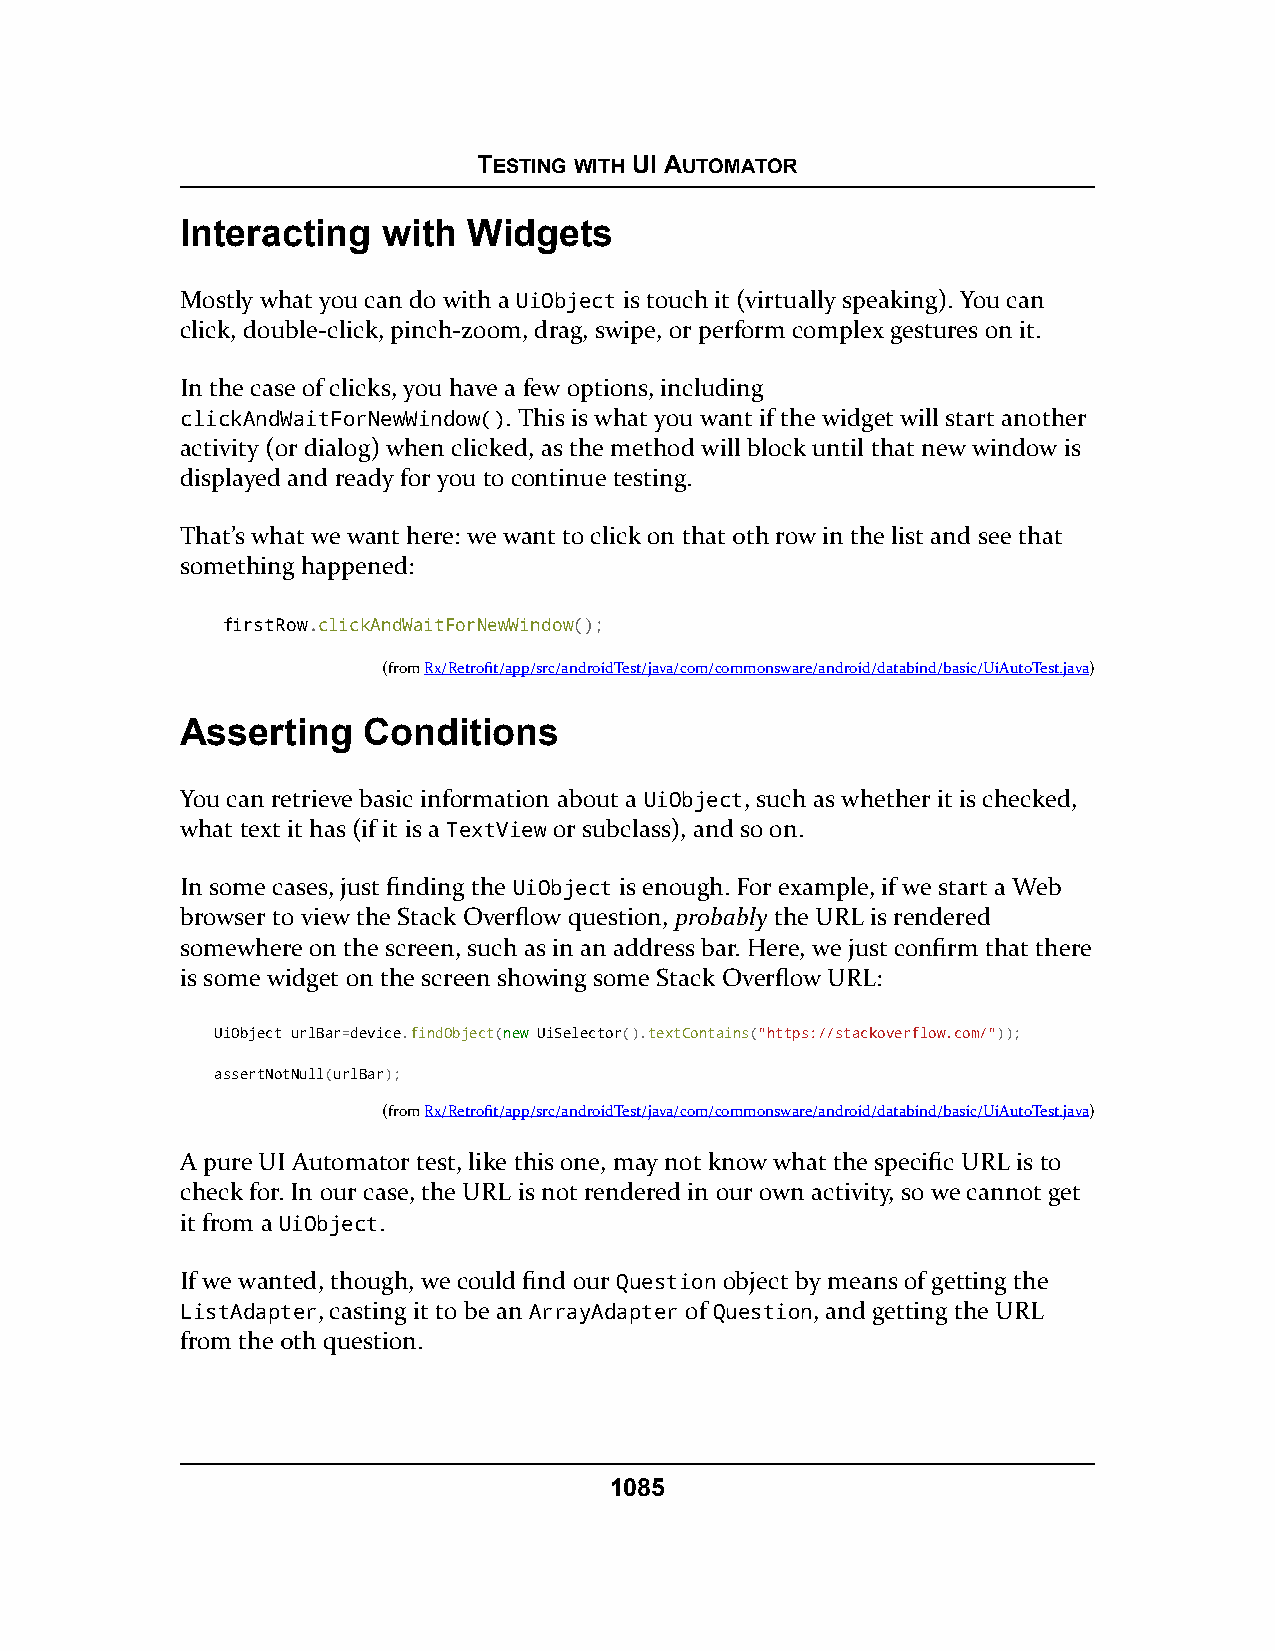
TESTING WITH UI AUTOMATOR
 Interacting  with  Widgets
 Mostly what you can do with a UiObject is touch it (virtually speaking). You can
 click, double-click, pinch-zoom, drag, swipe, or perform complex gestures on it.
 In the case of clicks, you have a few options, including
 clickAndWaitForNewWindow(). This is what you want if the widget will start another
 activity (or dialog) when clicked, as the method will block until that new window is
 displayed and ready for you to continue testing.
 That’s what we want here: we want to click on that 0th row in the list and see that
 something happened:
 firstRow.clickAndWaitForNewWindow();
 (fromRx/Retrofit/app/src/androidTest/java/com/commonsware/android/databind/basic/UiAutoTest.java)
 Asserting   Conditions
 You can retrieve basic information about a UiObject, such as whether it is checked,
 what text it has (if it is a TextView or subclass), and so on.
 In some cases, just finding the UiObject is enough. For example, if we start a Web
 browser to view the Stack Overflow question, probably the URL is rendered
 somewhere on the screen, such as in an address bar. Here, we just confirm that there
 is some widget on the screen showing some Stack Overflow URL:
 UiObject urlBar=device.findObject(nneeww UiSelector().textContains("https://stackoverflow.com/"));
 assertNotNull(urlBar);
 (fromRx/Retrofit/app/src/androidTest/java/com/commonsware/android/databind/basic/UiAutoTest.java)
 A pure UI Automator test, like this one, may not know what the specific URL is to
 check for. In our case, the URL is not rendered in our own activity, so we cannot get
 it from a UiObject.
 If we wanted, though, we could find our Question object by means of getting the
 ListAdapter, casting it to be an ArrayAdapter of Question, and getting the URL
 from the 0th question.
 1085